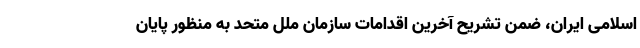
اسلامی ایران، ضمن تشریح آخرین اقدامات سازمان ملل متحد به منظور پایان